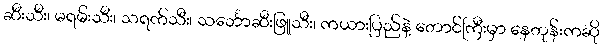
ဆီးသီး၊ မရမ်းသီး၊ သရက်သီး၊ သင်္ဘောဆီးဖြူသီး၊ ကယားပြည်နဲ့ တောင်ကြီးမှာ နေတုန်းကဆို